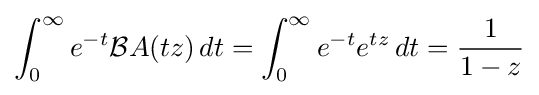
\int _{0}^{\infty }e^{-t}{\mathcal {B}}A(tz)\,dt=\int _{0}^{\infty }e^{-t}e^{tz}\,dt={\frac {1}{1-z}}